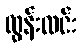
ထွန်းလင်း